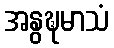
အနွဍ္ဎမာသံ